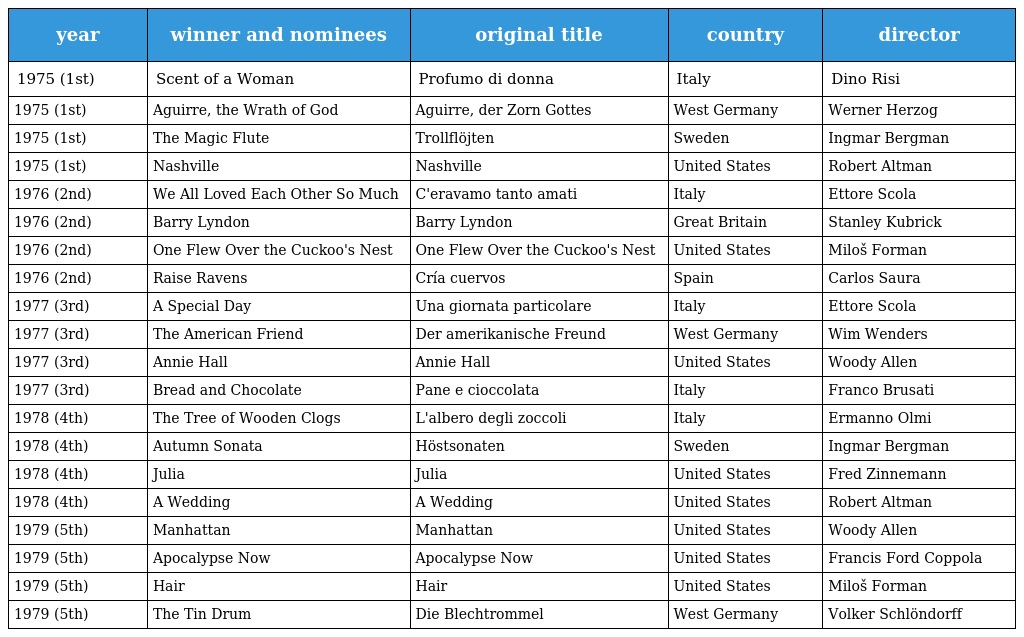
| year | winner and nominees | original title | country | director |
 | --- | --- | --- | --- | --- |
 | 1975 (1st) | Scent of a Woman | Profumo di donna | Italy | Dino Risi |
 | 1975 (1st) | Aguirre, the Wrath of God | Aguirre, der Zorn Gottes | West Germany | Werner Herzog |
 | 1975 (1st) | The Magic Flute | Trollflöjten | Sweden | Ingmar Bergman |
 | 1975 (1st) | Nashville | Nashville | United States | Robert Altman |
 | 1976 (2nd) | We All Loved Each Other So Much | C'eravamo tanto amati | Italy | Ettore Scola |
 | 1976 (2nd) | Barry Lyndon | Barry Lyndon | Great Britain | Stanley Kubrick |
 | 1976 (2nd) | One Flew Over the Cuckoo's Nest | One Flew Over the Cuckoo's Nest | United States | Miloš Forman |
 | 1976 (2nd) | Raise Ravens | Cría cuervos | Spain | Carlos Saura |
 | 1977 (3rd) | A Special Day | Una giornata particolare | Italy | Ettore Scola |
 | 1977 (3rd) | The American Friend | Der amerikanische Freund | West Germany | Wim Wenders |
 | 1977 (3rd) | Annie Hall | Annie Hall | United States | Woody Allen |
 | 1977 (3rd) | Bread and Chocolate | Pane e cioccolata | Italy | Franco Brusati |
 | 1978 (4th) | The Tree of Wooden Clogs | L'albero degli zoccoli | Italy | Ermanno Olmi |
 | 1978 (4th) | Autumn Sonata | Höstsonaten | Sweden | Ingmar Bergman |
 | 1978 (4th) | Julia | Julia | United States | Fred Zinnemann |
 | 1978 (4th) | A Wedding | A Wedding | United States | Robert Altman |
 | 1979 (5th) | Manhattan | Manhattan | United States | Woody Allen |
 | 1979 (5th) | Apocalypse Now | Apocalypse Now | United States | Francis Ford Coppola |
 | 1979 (5th) | Hair | Hair | United States | Miloš Forman |
 | 1979 (5th) | The Tin Drum | Die Blechtrommel | West Germany | Volker Schlöndorff |